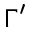
\Gamma ^ { \prime }